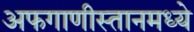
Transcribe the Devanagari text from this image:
अफगाणीस्तानमध्ये